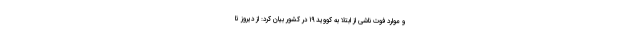
و موارد فوت ناشی از ابتلا به کووید ۱۹ در کشور بیان کرد: از دیروز تا